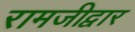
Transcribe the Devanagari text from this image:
रामजीद्वार